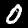
Digit: 0